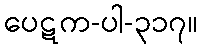
ပေဋက-ပါ-၃၁၇။